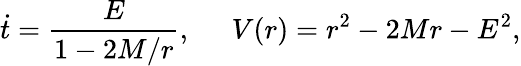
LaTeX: \dot{t}=\frac{E}{1-2M/r},\; \; \; \; \; V(r)=r^{2}-2Mr-E^{2},